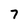
Character: 7